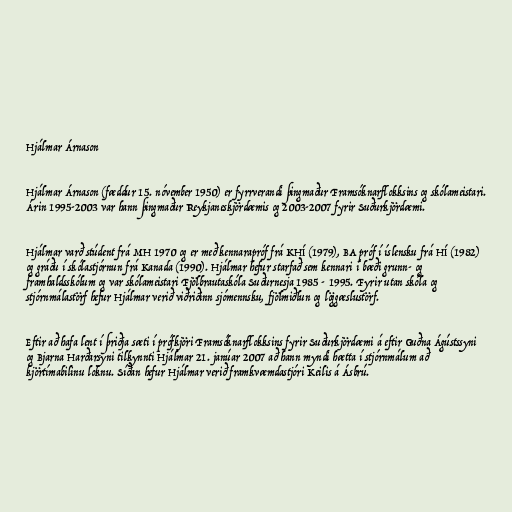
Hjálmar Árnason

Hjálmar Árnason (fæddur 15. nóvember 1950) er fyrrverandi þingmaður Framsóknarflokksins og skólameistari.
Árin 1995-2003 var hann þingmaður Reykjaneskjördæmis og 2003-2007 fyrir Suðurkjördæmi.

Hjálmar varð stúdent frá MH 1970 og er með kennarapróf frá KHÍ (1979), BA próf í íslensku frá HÍ (1982)
og gráðu í skólastjórnun frá Kanada (1990). Hjálmar hefur starfað sem kennari í bæði grunn- og
framhaldsskólum og var skólameistari Fjölbrautaskóla Suðurnesja 1985 - 1995. Fyrir utan skóla og
stjórnmálastörf hefur Hjálmar verið viðriðinn sjómennsku, fjölmiðlun og löggæslustörf.

Eftir að hafa lent í þriðja sæti í prófkjöri Framsóknarflokksins fyrir Suðurkjördæmi á eftir Guðna Ágústssyni
og Bjarna Harðarsyni tilkynnti Hjálmar 21. janúar 2007 að hann myndi hætta í stjórnmálum að
kjörtímabilinu loknu. Síðan hefur Hjálmar verið framkvæmdastjóri Keilis á Ásbrú.